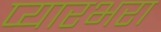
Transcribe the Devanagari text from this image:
प्यारभरा